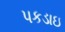
પકડાઇ